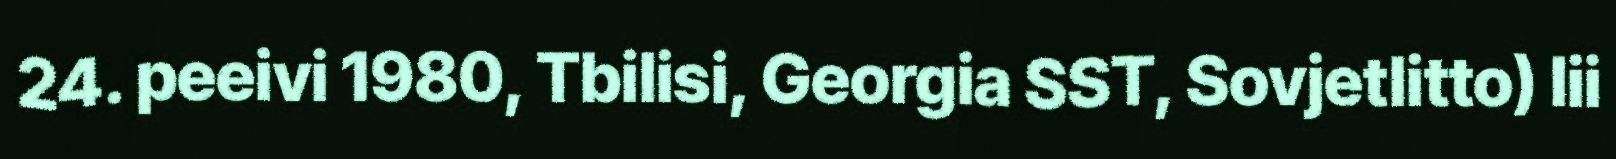
24. peeivi 1980, Tbilisi, Georgia SST, Sovjetlitto) lii